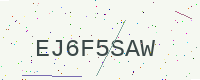
Text: EJ6F5SAW